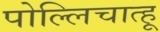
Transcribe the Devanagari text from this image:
पोल्लिचात्हू